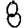
Digit: 8